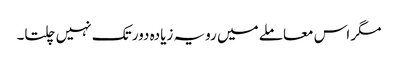
مگر اس معاملے میں رویہ زیادہ دور تک نہیں چلتا۔